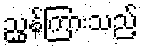
ညွှန်ကြားသည့်